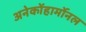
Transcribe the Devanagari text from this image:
अनेकोंहार्मोनल